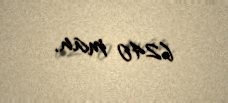
6240 man.